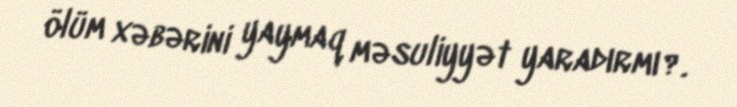
ölüm xəbərini yaymaq məsuliyyət yaradırmı?.